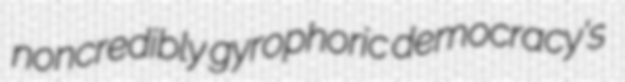
noncredibly gyrophoric democracy's